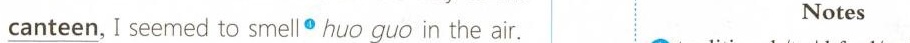
Notes canteen_, I seemed to smello huo guo in the air.